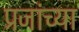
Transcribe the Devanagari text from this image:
प्रजांच्या